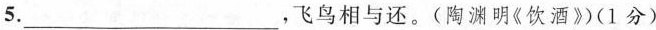
5. ___，飞鸟相与还。(陶渊明《饮酒》)(1分)